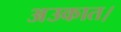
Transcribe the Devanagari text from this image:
अउकात।